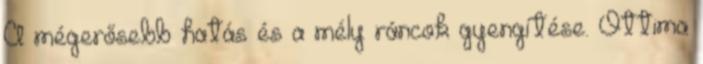
A mégerősebb hatás és a mély ráncok gyengítése. Ottima